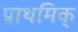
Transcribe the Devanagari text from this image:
प्राथमिक्